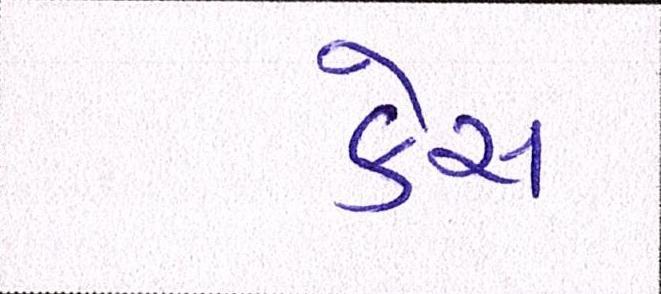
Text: કેસ